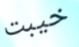
خيبت